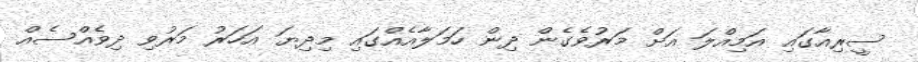
ސީރިއާގައި އަމިއްލަ އަށް މަރުވެގެން ދިން ހަމަލާއެއްގައި މިދިޔަ އަހަރު މަރުވި ދިވެއްސެއް